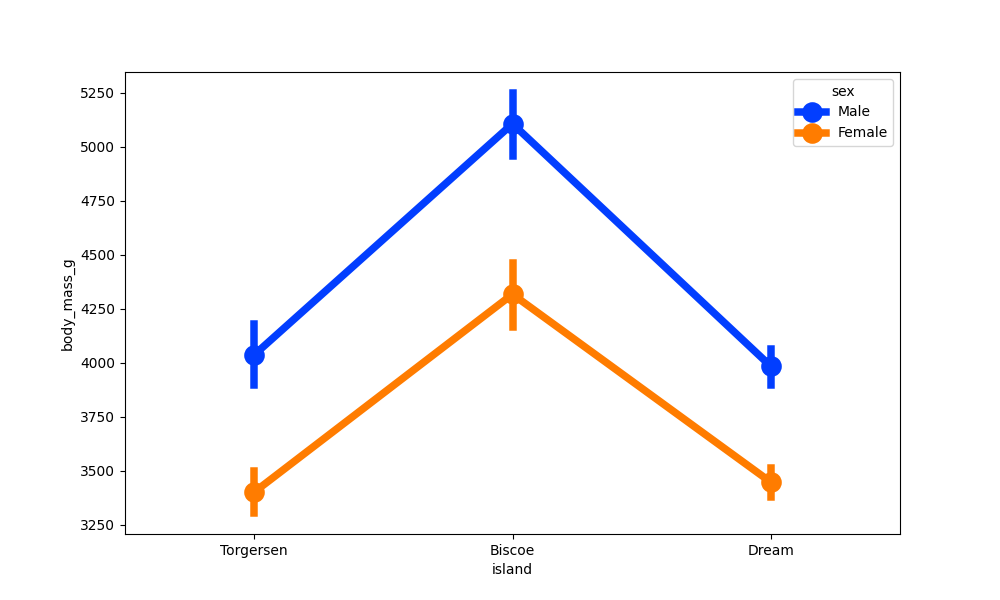
python, seaborn, pointplot, scale=2.0, join=True, hue='sex', palette='bright'